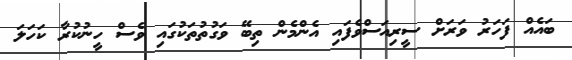
ބައެއް ފަހަރު ވަރަށް ސީރިއަސްވެފައި އެންމެން ތިބޭ ވަގުތުތަކުގައި ވެސް ހީނުކުރާ ކަހަލަ